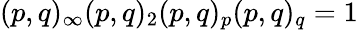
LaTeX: (p,q)_{\infty}(p,q)_{2}(p,q)_{p}(p,q)_{q}=1